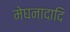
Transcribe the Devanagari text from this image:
मेघनादादि